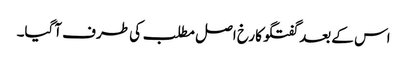
اس کے بعد گفتگو کا رخ اصل مطلب کی طرف آگیا۔